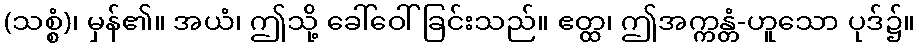
(သစ္စံ)၊ မှန်၏။ အယံ၊ ဤသို့ ခေါ်ဝေါ်ခြင်းသည်။ ဧတ္ထ၊ ဤအက္ကန္တံ-ဟူသော ပုဒ်၌။